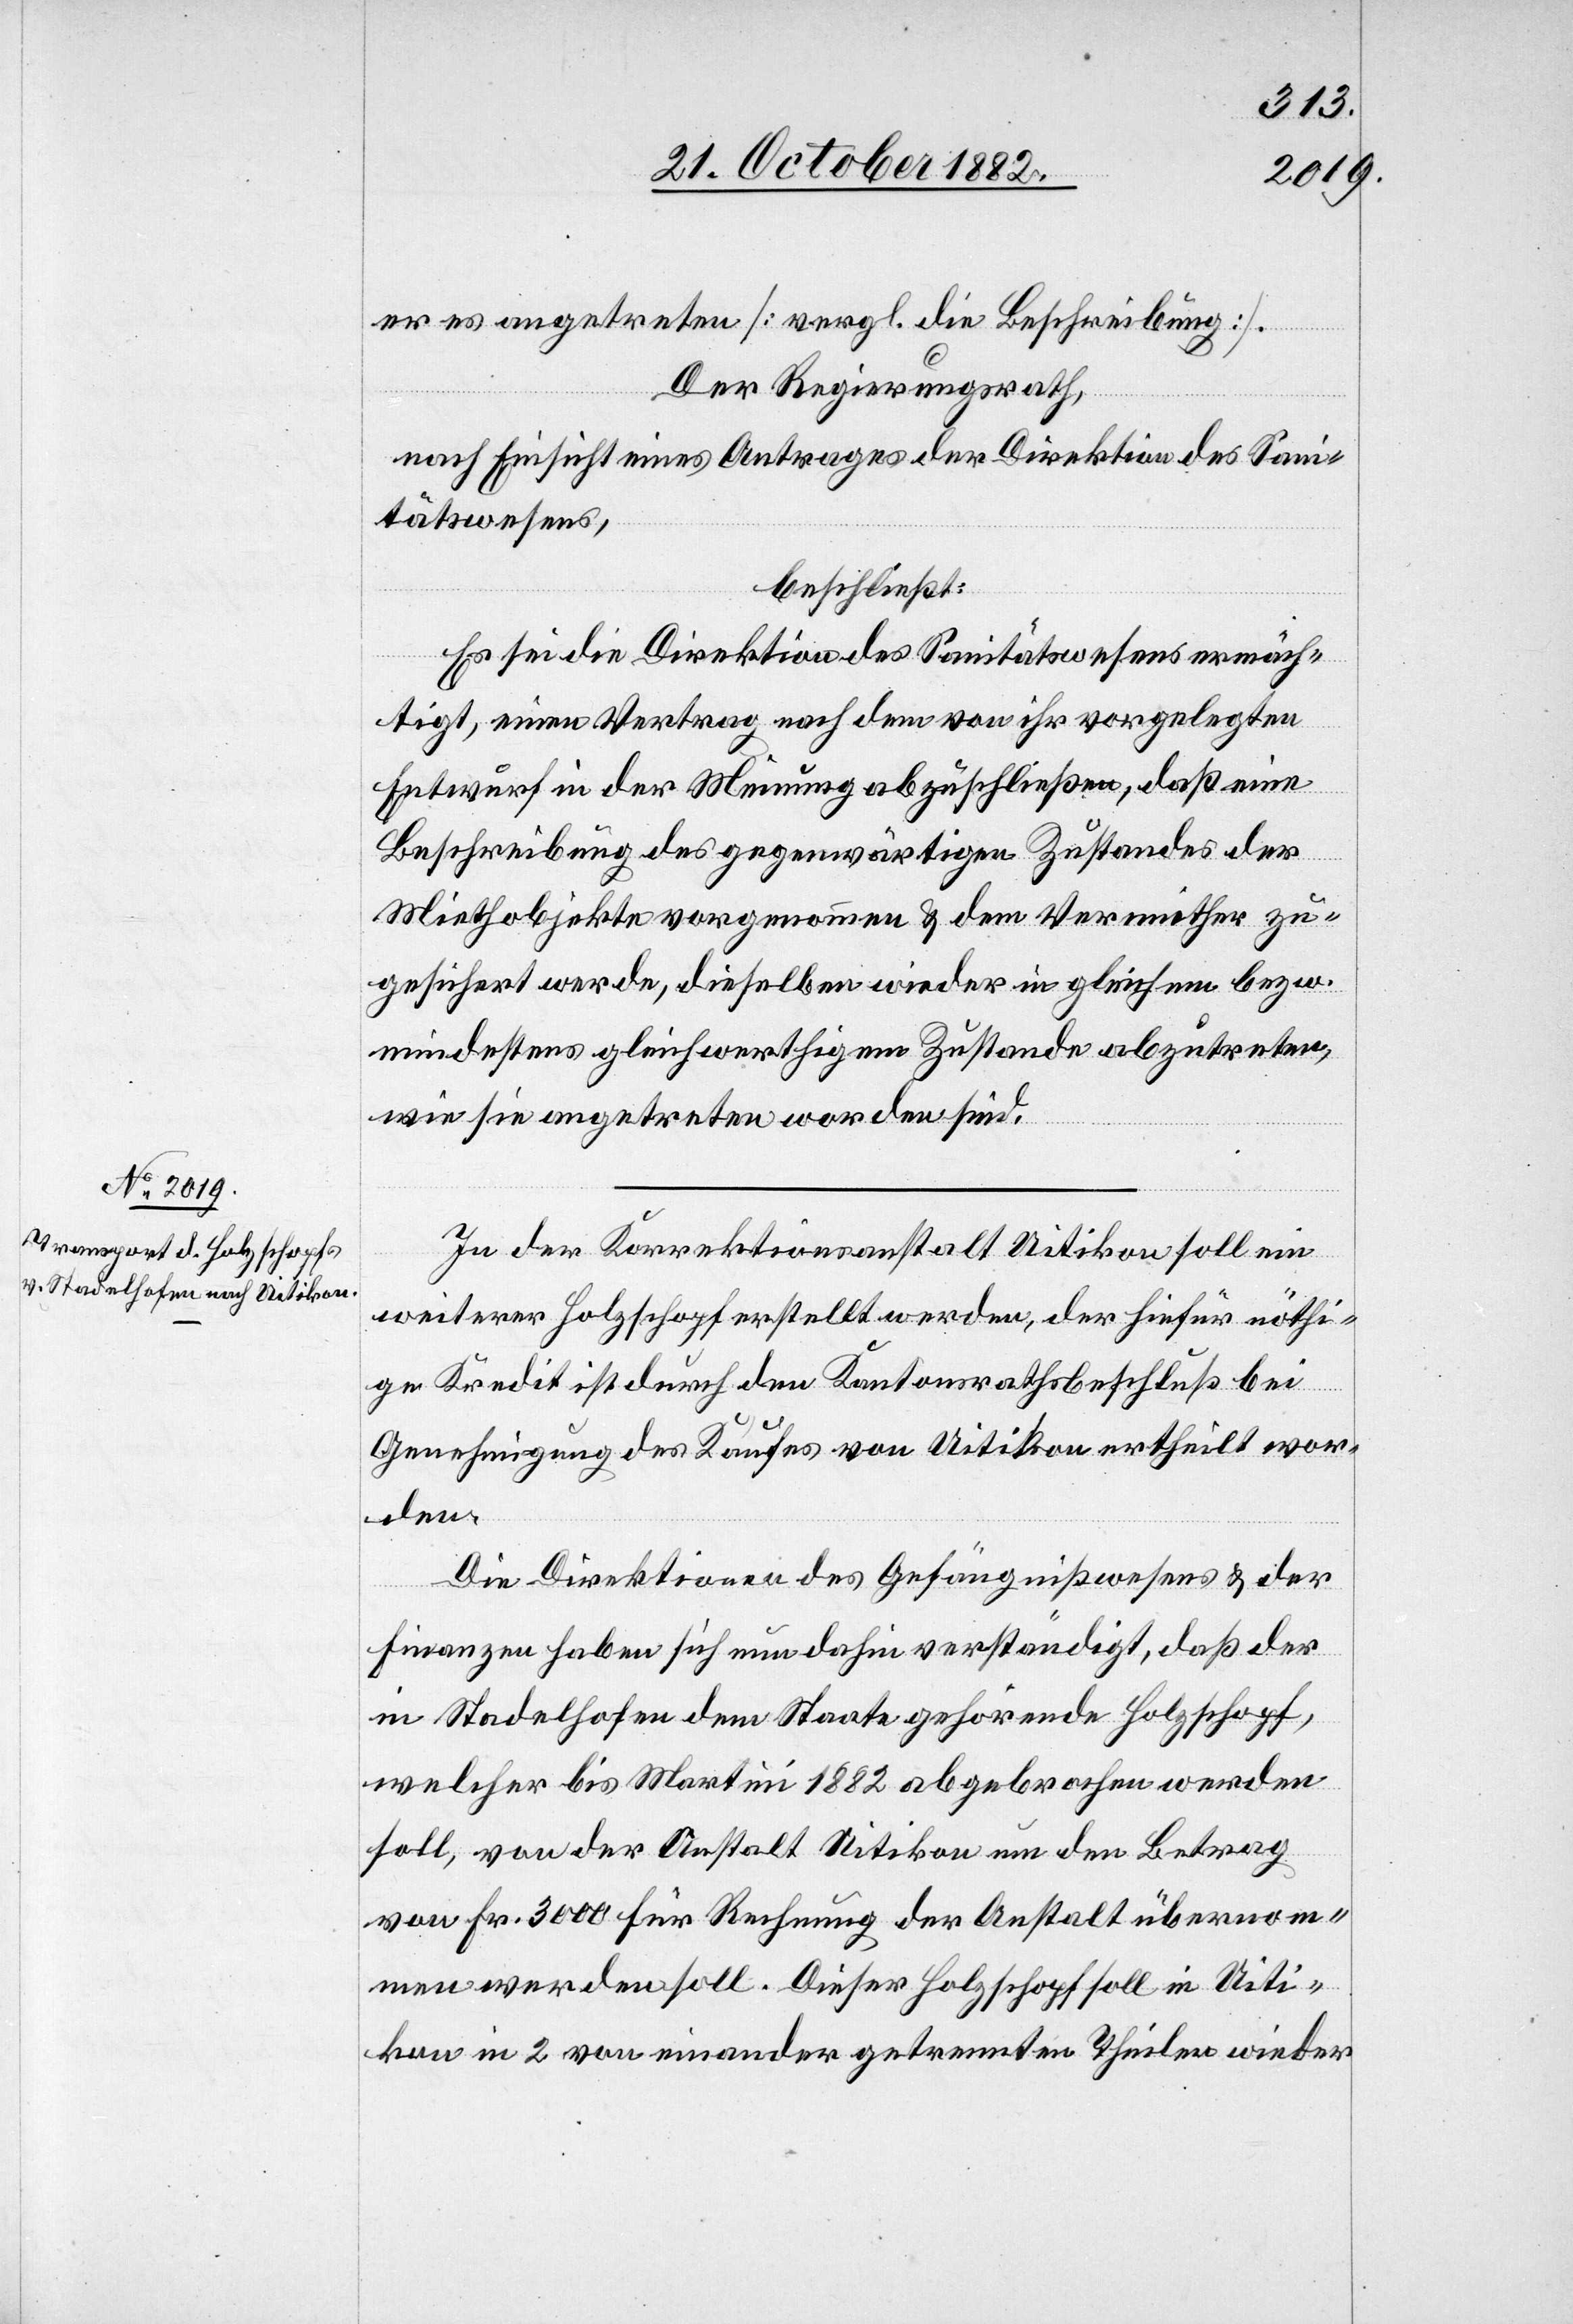
24. October 1882.]
er es angetreten [vergl. die Beschreibung].
Der Regierungsrath,
nach Einsicht eines Antrages der Direktion des Sani¬
tätswesens,
beschließt:
Es sei die Direktion des Sanitätswesens ermäch¬
tigt, einen Vertrag nach dem von ihr vorgelegten
Entwurf in der Meinung abzuschließen, daß eine
Beschreibung des gegenwärtigen Zustandes der
Miethobjekte vorgenommen & dem Vermiether zu¬
gesichert werde, dieselben wieder in gleichem bezw.
mindestens gleichwerthigem Zustande abzutreten,
wie sie angetreten worden sind.
In der Korrektionsanstalt Uitikon soll ein
weiterer Holzschopf erstellt werden, der hiefür nöthi¬
ge Kredit ist durch den Kantonsrathsbeschluß bei
Genehmigung des Kaufes von Uitikon ertheilt wor¬
den.
Die Direktionen des Gefängnißwesens & der
Finanzen haben sich nun dahin verständigt, daß der
in Stadelhofen dem Staate gehörende Holzschopf,
welcher bis Martini 1882 abgebrochen werden
soll, von der Anstalt Uitikon um den Betrag
von Fr. 3000 für Rechnung der Anstalt übernom¬
men werden soll. Dieser Holzschopf soll in Uiti¬
kon in 2 von einander getrennten Theilen wieder